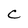
Character: C